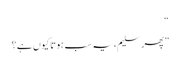
“
”پھر سلیم، یہ سب ہوتا کیوں ہے؟